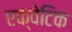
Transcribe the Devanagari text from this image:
एक्वेटिक